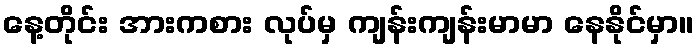
နေ့တိုင်း အားကစား လုပ်မှ ကျန်းကျန်းမာမာ နေနိုင်မှာ။